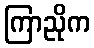
ကြာညိုက